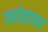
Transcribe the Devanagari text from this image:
रवांडावर